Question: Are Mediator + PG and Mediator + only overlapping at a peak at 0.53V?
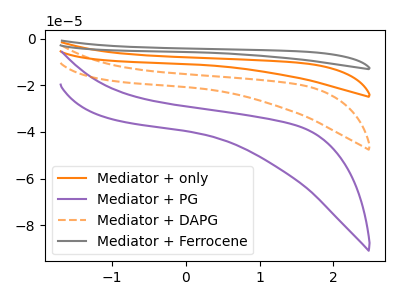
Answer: <think>The orange curve "Mediator + only" has no peaks. The purple curve "Mediator + PG" has no peaks. The orange dashed curve "Mediator + DAPG" has no peaks. The gray curve "Mediator + Ferrocene" has no peaks.</think>
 <answer>No, "Mediator + PG" and "Mediator + only" dont share a peak at 0.53V.</answer>
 <eval>mismatch</eval>